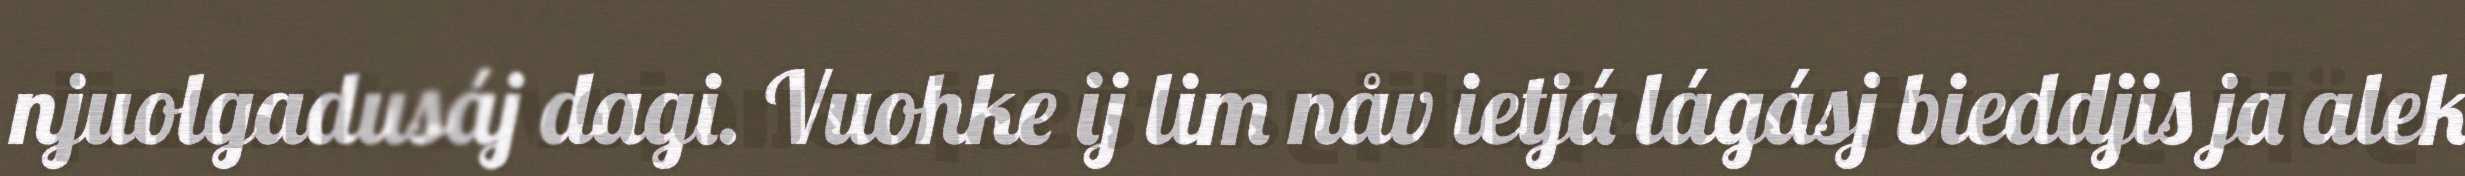
njuolgadusáj dagi. Vuohke ij lim nåv ietjá lágásj bieddjis ja alek